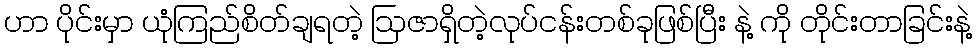
ဟာ ပိုင်းမှာ ယုံကြည်စိတ်ချရတဲ့ ဩဇာရှိတဲ့လုပ်ငန်းတစ်ခုဖြစ်ပြီး နဲ့ ကို တိုင်းတာခြင်းနဲ့